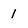
Character: 1